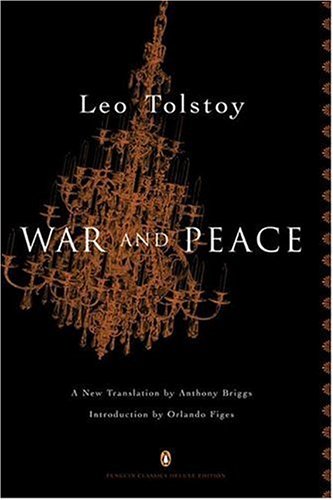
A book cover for War and Peace (Penguin Classics, Deluxe Edition); Leo Tolstoy; Literature & Fiction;